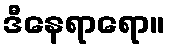
ဒီနေရာရော။